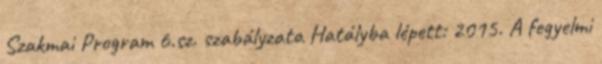
Szakmai Program 6.sz. szabályzata Hatályba lépett: 2015. A fegyelmi